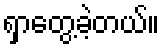
ရှာတွေ့ခဲ့တယ်။